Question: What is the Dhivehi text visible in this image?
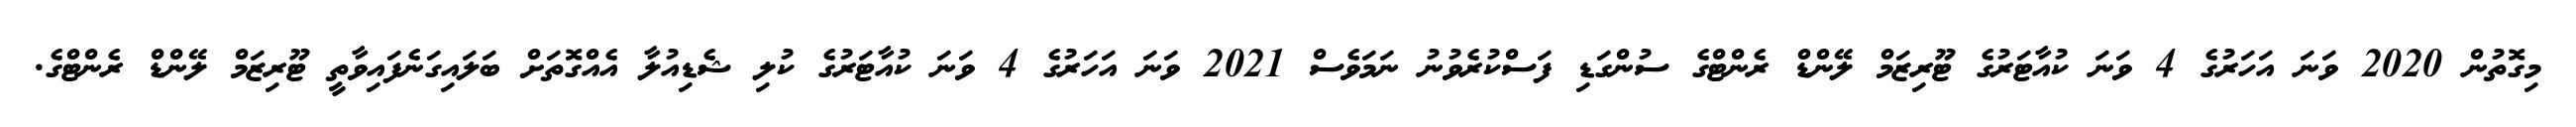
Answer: މިގޮތުން 2020 ވަނަ އަހަރުގެ 4 ވަނަ ކުއާޓަރުގެ ޓޫރިޒަމް ލޭންޑް ރެންޓްގެ ސުންގަޑި ފަސްކުރެވުނު ނަމަވެސް 2021 ވަނަ އަހަރުގެ 4 ވަނަ ކުއާޓަރުގެ ކުލި ޝެޑިއުލާ އެއްގޮތަށް ބަލައިގަނެފައިވާތީ ޓޫރިޒަމް ލޭންޑް ރެންޓްގެ.